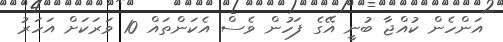
އަންހެން ކުއްޖާ ބުނީ އޭގެ ފަހުން ވެސް އެކަންތައް 10 ވަަރަކަށް އަހަރު